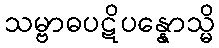
သမ္ဗာဓပဋိပန္နောသ္မိ